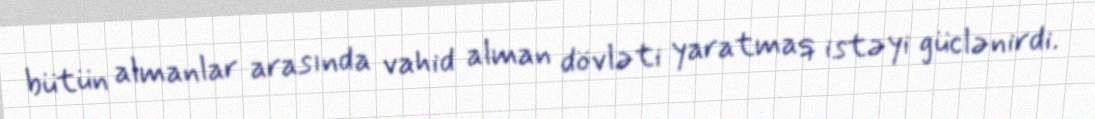
bütün almanlar arasında vahid alman dövləti yaratmaq istəyi güclənirdi.